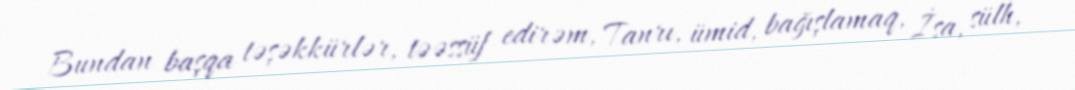
Bundan başqa təşəkkürlər, təəssüf edirəm, Tanrı, ümid, bağışlamaq, İsa, sülh,